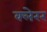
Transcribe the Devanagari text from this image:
क्लेरर